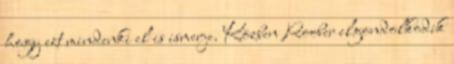
hogy ezt mindenki el is ismerje. Közben Roober elgondolkodik